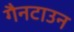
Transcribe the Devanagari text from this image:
गैनटाउन